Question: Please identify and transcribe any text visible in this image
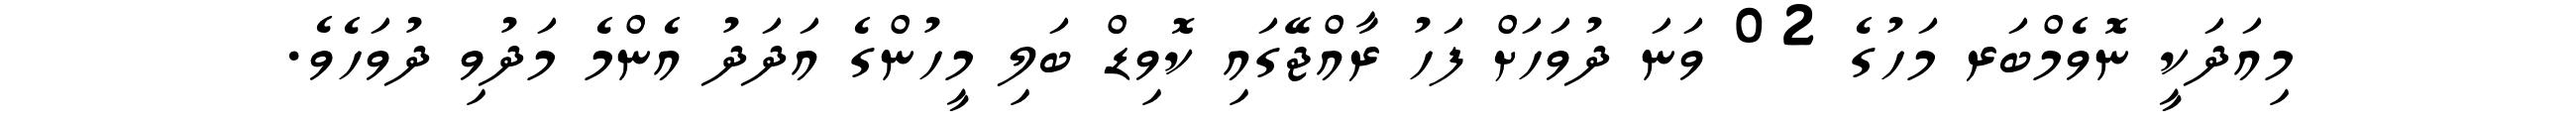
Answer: މިއަދަކީ ނޮވެމްބަރ މަހުގެ 02 ވަނަ ދުވަހަށް ފަހު ރާއްޖޭގައި ކޮވިޑް ބަލި މީހުންގެ އަދަދު އެންމެ މަދުވި ދުވަހެވެ.